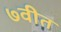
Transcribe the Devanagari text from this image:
७वीत